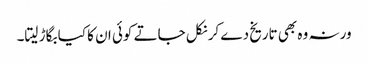
ورنہ وہ بھی تاریخ دے کر نکل جاتے کوئی ان کا کیا بگاڑ لیتا۔